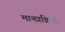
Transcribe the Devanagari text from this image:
मानप्रक्रिया